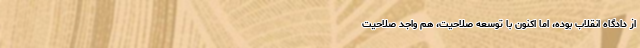
از دادگاه انقلاب بوده، اما اکنون با توسعه صلاحیت، هم واجد صلاحیت